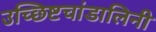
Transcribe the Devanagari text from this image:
उच्छिष्टचांडालिनी